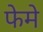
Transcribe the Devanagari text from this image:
फेमे